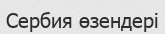
Сербия өзендері